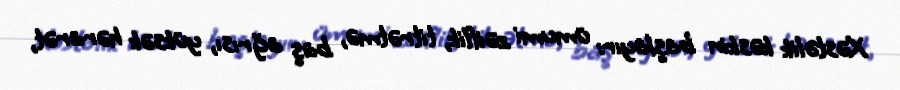
Xəstəlik kəskin başlayır: ümumi zəiflik, titrətmə, baş ağrısı, yüksək hərarət,